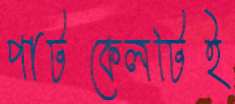
পাটকেলটিই